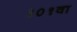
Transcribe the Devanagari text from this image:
१०१वा